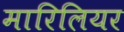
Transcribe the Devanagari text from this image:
मारिलियर